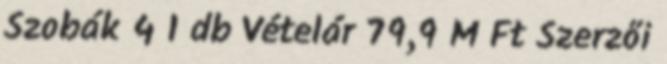
Szobák 4 1 db Vételár 79,9 M Ft Szerzői